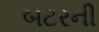
બટરની